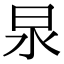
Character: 𭥚